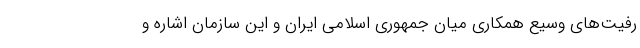
رفیت‌های وسیع همکاری میان جمهوری اسلامی ایران و این سازمان اشاره و